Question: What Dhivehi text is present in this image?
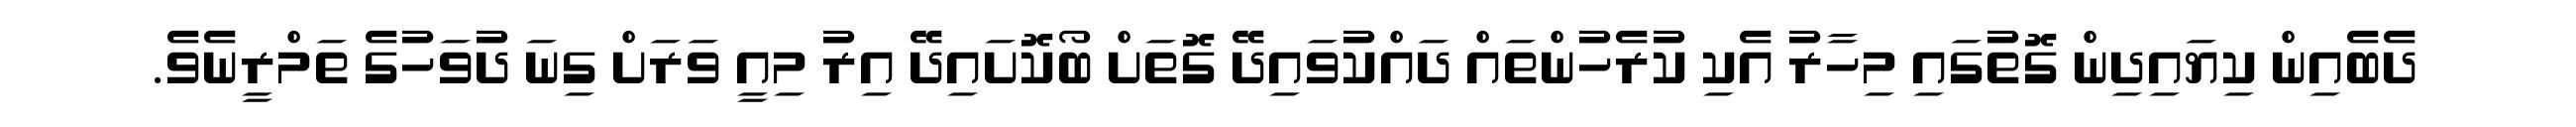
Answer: ދެބެއިން ކިޔައިދިން ގޮތުގައި މިހާރު އެކި ކުރެހުންތައް ދައްކުވައިދޭ ގޮތަށް ބޯކޮށައިދޭ އިރު މިއީ ވަރަށް ގިނަ ދުވަހުގެ ތަމްރީނެވެ.